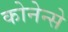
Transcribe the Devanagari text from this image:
कोनेन्से